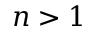
n > 1